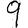
Digit: 9